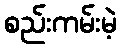
စည်းကမ်းမဲ့